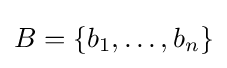
B=\{b_{1},\ldots ,b_{n}\}